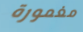
مغمورة